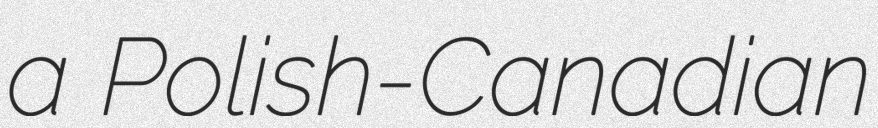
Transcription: a Polish-Canadian